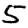
Digit: 5